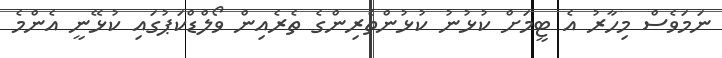
ނަމަވެސް މިހާރު އެ ޓީމަށް ކުޅުނު ކުޅުންތެރިންގެ ތެރެއިން ވޯލްޑްކަޕުގައި ކުޅޭނީ އެންމެ